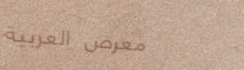
معرض العربية